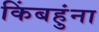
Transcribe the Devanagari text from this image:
किंबहुंना